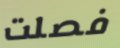
فصلت